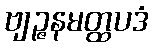
ဗျဉ္ဇနမတ္ထပဒံ